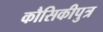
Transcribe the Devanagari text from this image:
कौसिकीपुत्र